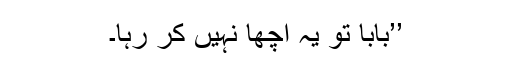
’’بابا تو یہ اچھا نہیں کر رہا۔